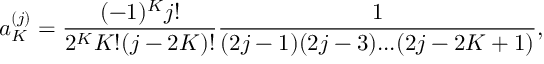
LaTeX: a _ { K } ^ { ( j ) } = \frac { ( - 1 ) ^ { K } j ! } { 2 ^ { K } K ! ( j - 2 K ) ! } \frac { 1 } { ( 2 j - 1 ) ( 2 j - 3 ) . . . ( 2 j - 2 K + 1 ) } ,